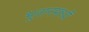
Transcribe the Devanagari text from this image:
भूतानमध्यें